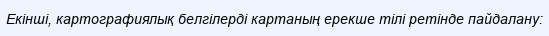
Екінші, картографиялық белгілерді картаның ерекше тілі ретінде пайдалану: